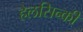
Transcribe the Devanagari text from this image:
हेलसिन्की